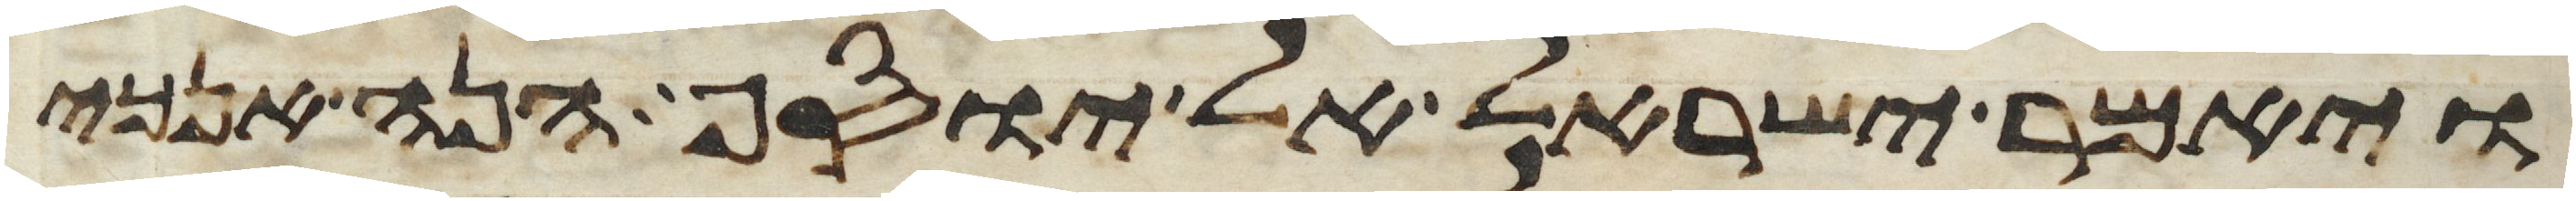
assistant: ויאמר ישראל אל יוסף הנה אנכי